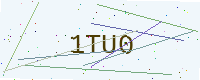
Text: 1TU0